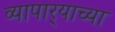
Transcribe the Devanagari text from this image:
व्यापार्‍याच्या